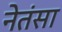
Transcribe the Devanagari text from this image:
नेतंसा